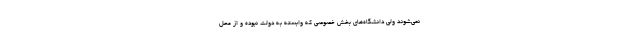
نمی‌شوند ولی دانشگاه‌های بخش خصوصی که وابسته به دولت نبوده و از محل